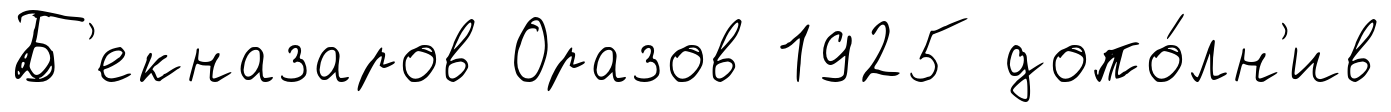
Б'екназаров Оразов 1925 допо́лн'ив